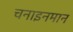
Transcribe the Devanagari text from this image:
चनाइनमान